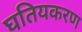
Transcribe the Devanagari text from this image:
घतियकरण